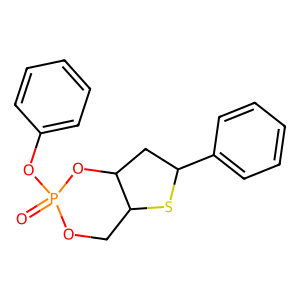
SMILES: O=P1(Oc2ccccc2)OCC2SC(c3ccccc3)CC2O1
Inhibits HIV replication: No